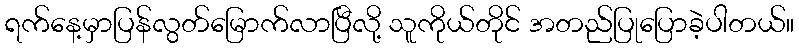
ရက်နေ့မှာပြန်လွတ်မြောက်လာပြီလို့ သူကိုယ်တိုင် အတည်ပြုပြောခဲ့ပါတယ်။